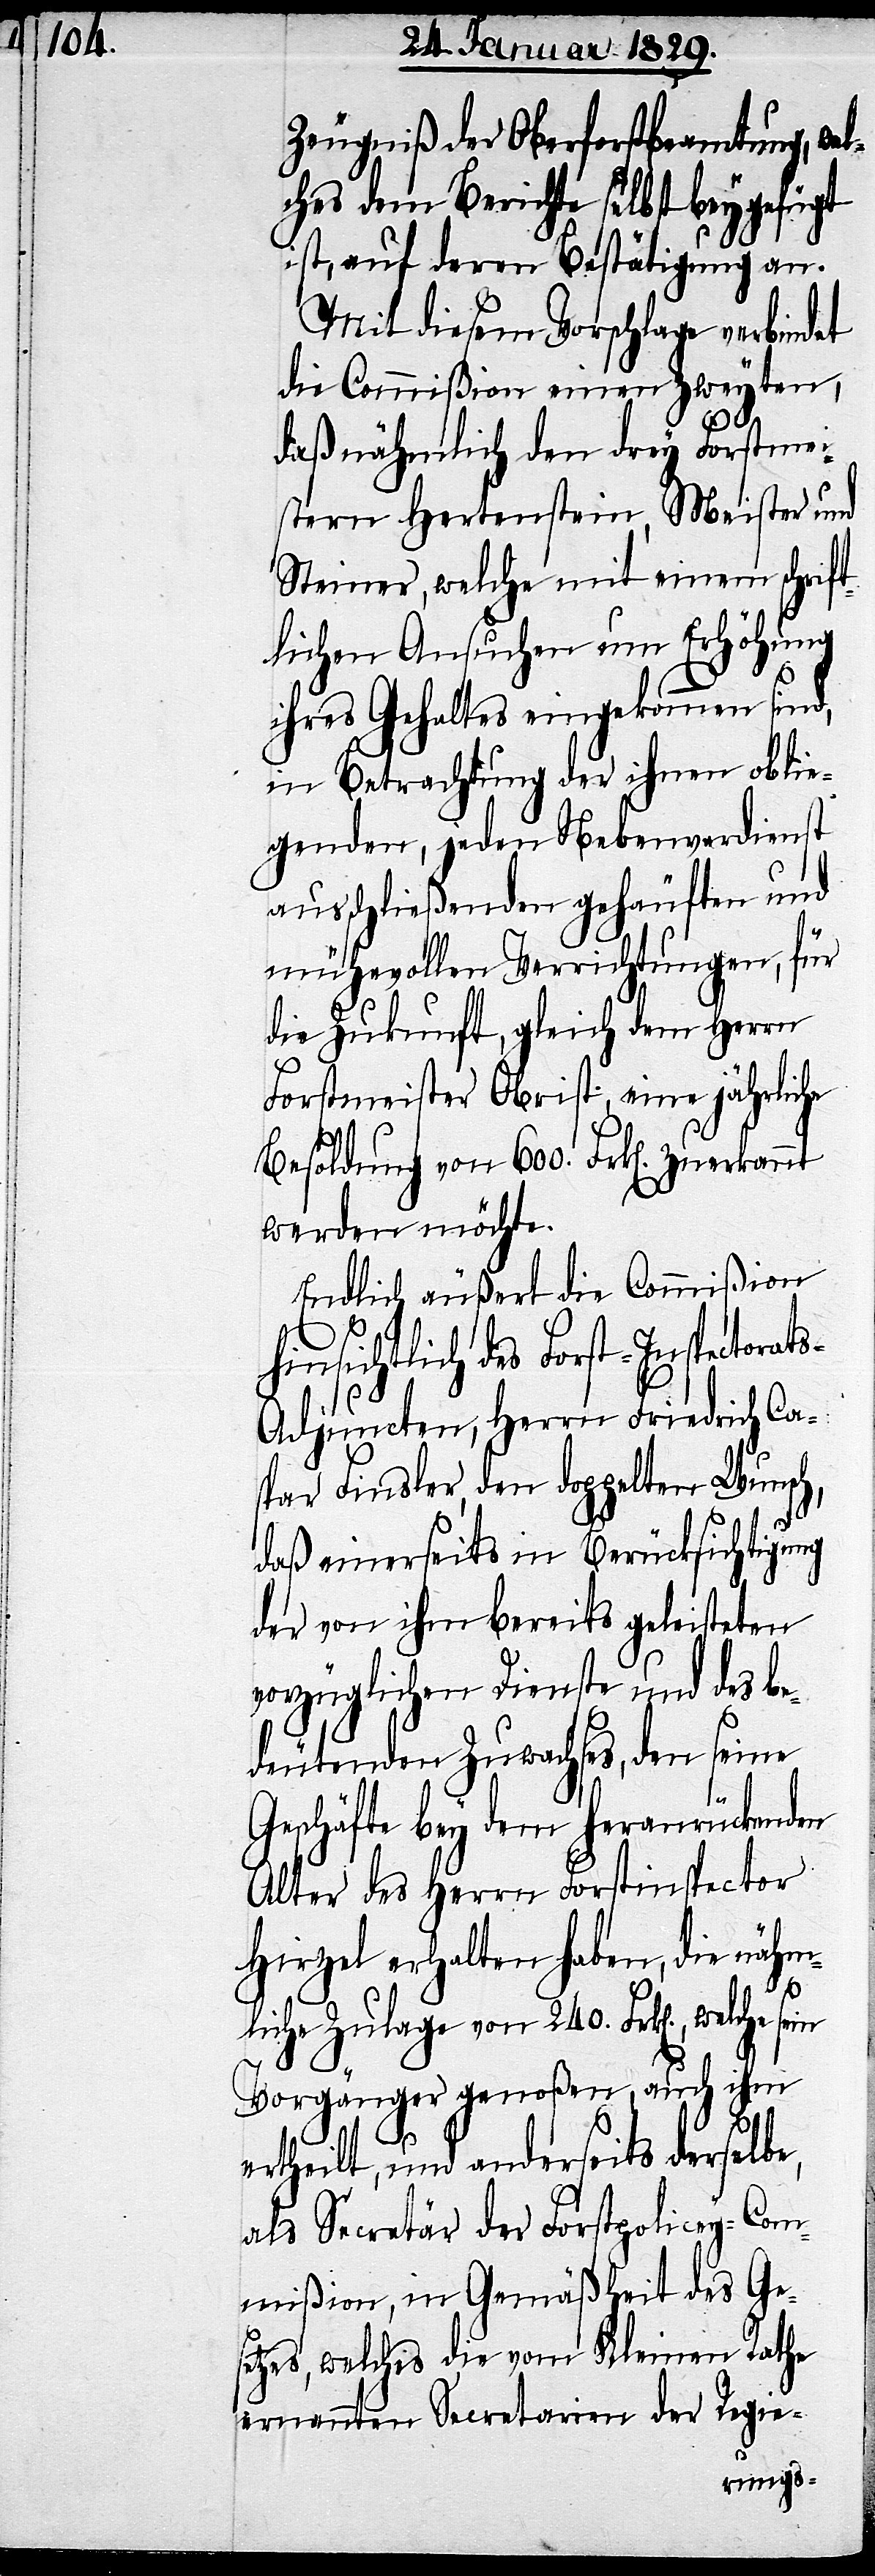
Zeugniß der Oberforstbeamtung, we¬
lches dem Berichte selbst beygefügt
ist, auf deren Bestätigung an.
Mit diesem Vorschlage verbindet
die Commißion einen zweyten,
daß nähmlich den drey Forstmei¬
stern Hertenstein, Meister und
Steiner, welche mit einem schrift¬
lichen Ansuchen um Erhöhung
ihres Gehaltes eingekommen sind,
in Betrachtung der ihnen oblie¬
genden, jeden Nebenverdienst
ausschließenden gehäuften und
mühevollen Verrichtungen, für
die Zukunft, gleich dem Herrn
Forstmeister Obrist, eine jährliche
Besoldung von 600. Frk[en]. zuerkannt
werden möchte.
Endlich äußert die Commißion
hinsichtlich des Forst-Inspectorat¬
s-Adjuncten, Herrn Friedrich Ca¬
spar Finsler, den doppelten Wusch,
daß einerseits in Berücksichtigung
der von ihm bereits geleisteten
vorzüglichen Dienste und des be¬
deutenden Zuwachses, den seine
Geschäfte bey dem heranrückenden
Alter des Herrn Forstinspector
Hirzel erhalten haben, die nähm¬
liche Zulage von 240. Frk[en]., welche
Vorgänger genoßen, auch ihm
ertheilt, und anderseits derselbe,
als Secretär der Forstpolicey-Com¬
mißion, in Gemäßheit des Ge¬
setzes, welches die vom Kleinen Rathe
ernannten Secretarien der Regie-